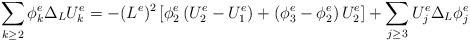
LaTeX: \begin{align*}\sum_{k\geq 2}\phi^e_k\Delta_LU^{e}_{k} = - (L^e)^2\,[\phi^e_2\,(U^e_2-U^e_1)+(\phi^e_3-\phi^e_2)\,U^e_2]+\sum_{j\geq 3} U^e_j \Delta_L\phi^{e}_{j}\end{align*}